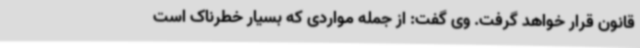
قانون قرار خواهد گرفت. وی گفت: از جمله مواردی که بسیار خطرناک است